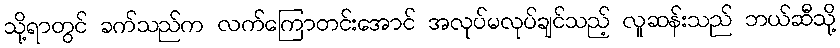
သို့ရာတွင် ခက်သည်က လက်ကြောတင်းအောင် အလုပ်မလုပ်ချင်သည့် လူဆန်းသည် ဘယ်ဆီသို့